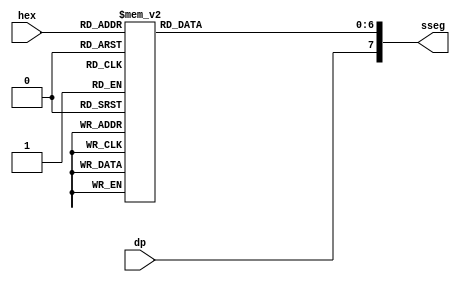
module hex_to_sseg
   (
    input wire [3:0] hex,
    input wire dp,
    output reg [7:0] sseg  // output active low
   );

   always @*
   begin
      case(hex)
         4'h0: sseg[6:0] = 7'b1000000;
         4'h1: sseg[6:0] = 7'b1111001;
         4'h2: sseg[6:0] = 7'b0100100;
         4'h3: sseg[6:0] = 7'b0110000; 
         4'h4: sseg[6:0] = 7'b0011001; 
         4'h5: sseg[6:0] = 7'b0010010; 
         4'h6: sseg[6:0] = 7'b0000010; 
         4'h7: sseg[6:0] = 7'b1111000; 
         4'h8: sseg[6:0] = 7'b0000000;
         4'h9: sseg[6:0] = 7'b0010000; 
         4'ha: sseg[6:0] = 7'b0001000; 
         4'hb: sseg[6:0] = 7'b0000011; 
         4'hc: sseg[6:0] = 7'b1000110; 
         4'hd: sseg[6:0] = 7'b0100001; 
         4'he: sseg[6:0] = 7'b0000110; 
         default: sseg[6:0] = 7'b0001110;  //4'hf
     endcase
     sseg[7] = dp;
   end

endmodule